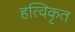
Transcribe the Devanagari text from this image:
हत्विकृत